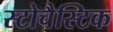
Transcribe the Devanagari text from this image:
स्टोचैस्टिक